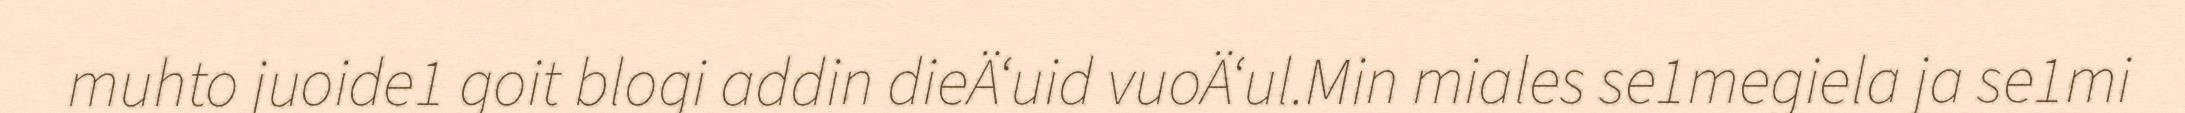
muhto juoide1 goit blogi addin dieÄ‘uid vuoÄ‘ul.Min miales se1megiela ja se1mi